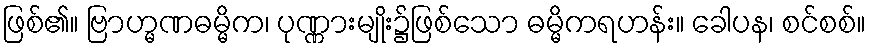
ဖြစ်၏။ ဗြာဟ္မဏဓမ္မိက၊ ပုဏ္ဏားမျိုး၌ဖြစ်သော ဓမ္မိကရဟန်း။ ခေါပန၊ စင်စစ်။